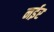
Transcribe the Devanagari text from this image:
नईर